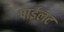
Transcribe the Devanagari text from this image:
पाईलट